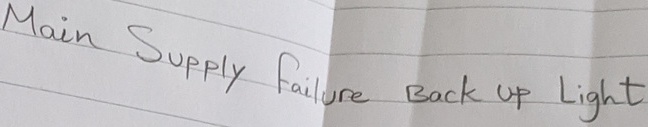
Text: Main Supply failure Back up Light